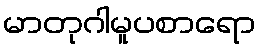
မာတုဂါမူပစာရော